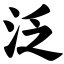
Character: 泛